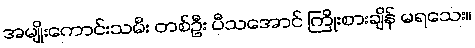
အမျိုးကောင်းသမီး တစ်ဦး ပီသအောင် ကြိုးစားချိန် မရသေး။